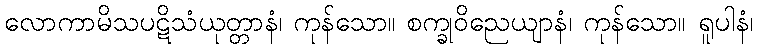
လောကာမိသပဋိသံယုတ္တာနံ၊ ကုန်သော။ စက္ခုဝိညေယျာနံ၊ ကုန်သော။ ရူပါနံ၊